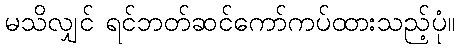
မသိလျှင် ရင်ဘတ်ဆင်ကော်ကပ်ထားသည့်ပုံ။